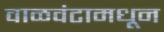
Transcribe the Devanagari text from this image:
वाळवंटामधून